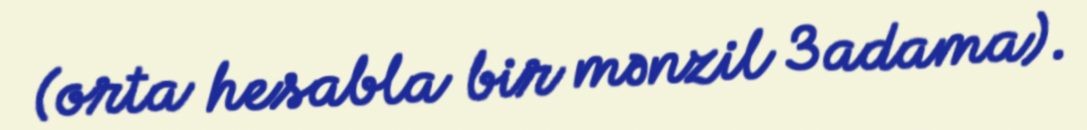
(orta hesabla bir mənzil 3 adama).